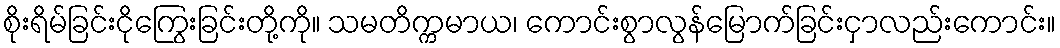
စိုးရိမ်ခြင်းငိုကြွေးခြင်းတို့ကို။ သမတိက္ကမာယ၊ ကောင်းစွာလွန်မြောက်ခြင်းငှာလည်းကောင်း။